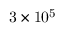
\mathrm { 3 \times 1 0 ^ { 5 } }